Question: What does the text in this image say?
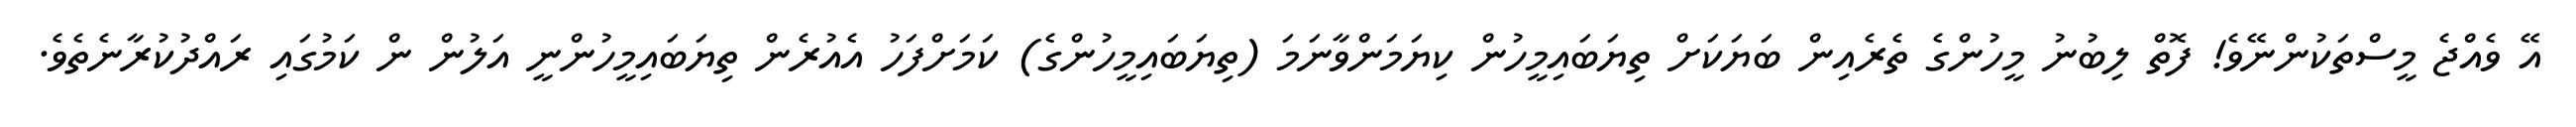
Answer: އޭ ވެއްޖެ މީސްތަކުންނޭވެ! ފޮތް ލިބުނު މީހުންގެ ތެރެއިން ބަޔަކަށް ތިޔަބައިމީހުން ކިޔަމަންވާނަމަ (ތިޔަބައިމީހުންގެ) ކަމަށްފަހު އެއުރެން ތިޔަބައިމީހުންނީ އަލުން ން ކަމުގައި ރައްދުކުރާނެތެވެ.